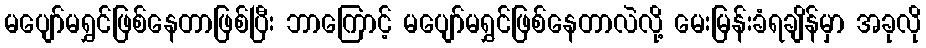
မပျော်မရွှင်ဖြစ်နေတာဖြစ်ပြီး ဘာကြောင့် မပျော်မရွှင်ဖြစ်နေတာလဲလို့ မေးမြန်းခံရချိန်မှာ အခုလို